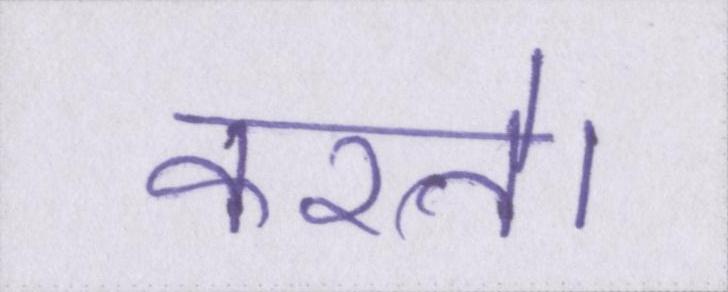
करते।